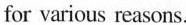
for various reasons.